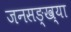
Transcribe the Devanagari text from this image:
जनसङ्ख्या